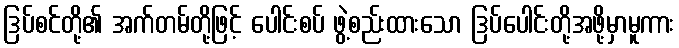
ဒြပ်စင်တို့၏ အက်တမ်တို့ဖြင့် ပေါင်းစပ် ဖွဲ့စည်းထားသော ဒြပ်ပေါင်းတို့အဖို့မှာမူကား